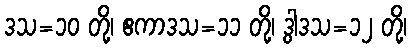
ဒသ=၁၀ တို့၊ ဧကာဒသ=၁၁ တို့၊ ဒွါဒသ=၁၂ တို့၊